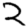
Digit: 2